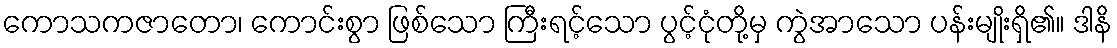
ကောသကဇာတော၊ ကောင်းစွာ ဖြစ်သော ကြီးရင့်သော ပွင့်ငုံတို့မှ ကွဲအာသော ပန်းမျိုးရှိ၏။ ဒါနိ